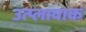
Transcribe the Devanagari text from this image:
उत्प्लावाक